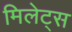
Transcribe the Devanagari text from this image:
मिलेट्स